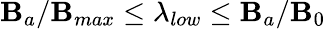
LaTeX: \mathbf{B}_{a}/\mathbf{B}_{max}\leq\lambda_{low}\leq\mathbf{B}_{a}/\mathbf{B}_{0}